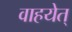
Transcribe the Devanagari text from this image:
वाहयेत्